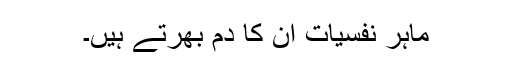
ماہر نفسیات ان کا دم بھرتے ہیں۔